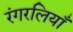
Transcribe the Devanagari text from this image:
रंगरलियाँ